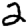
Digit: 2